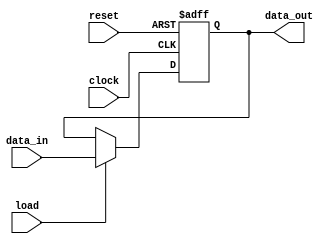
// This program was cloned from: https://github.com/RomeoMe5/DDLM
// License: MIT License

module register
# (
    parameter WIDTH = 8
)
(
    input                      clock,
    input                      reset,
    input                      load,
    input 	   [ WIDTH - 1:0 ] data_in,
    output reg [ WIDTH - 1:0 ] data_out
);

	always @ ( posedge clock, negedge reset )
		if ( ~reset )
            data_out <= { WIDTH { 1'b0 } };
        else if ( load )
            data_out <= data_in;
endmodule